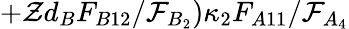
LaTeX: +\mathcal{Z}d_{B}F_{B12}/\mathcal{F}_{B_{2}})\kappa_{2}F_{A11}/\mathcal{F}_{A_{4}}